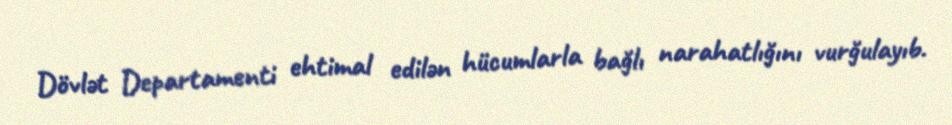
Dövlət Departamenti ehtimal edilən hücumlarla bağlı narahatlığını vurğulayıb.